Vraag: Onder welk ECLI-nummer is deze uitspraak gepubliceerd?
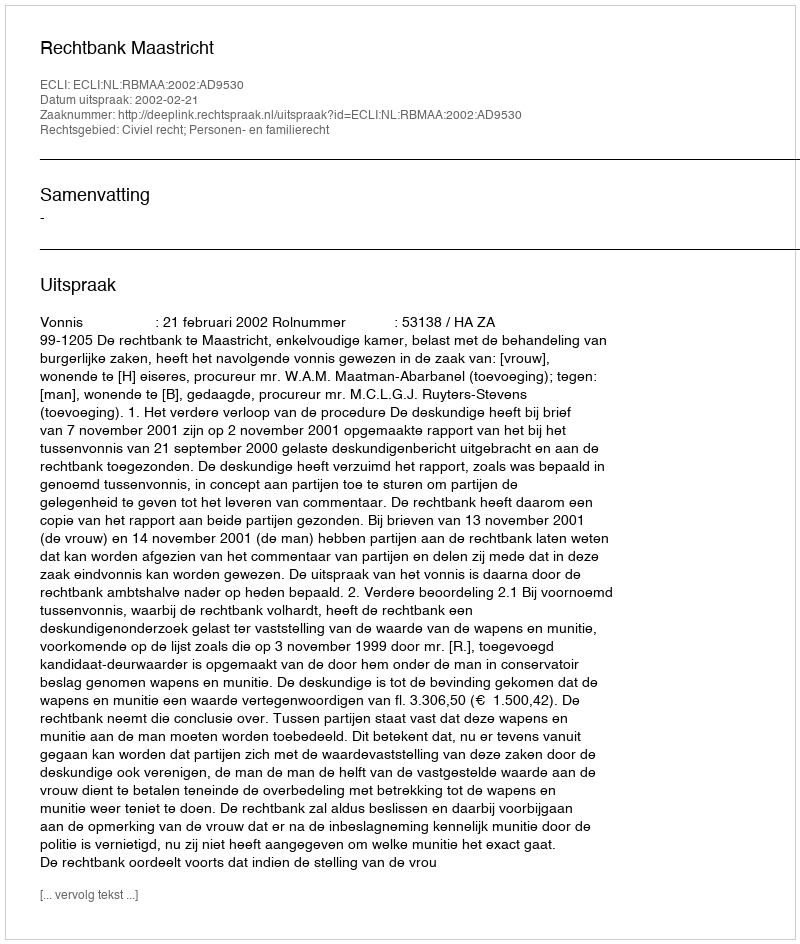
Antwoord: ECLI:NL:RBMAA:2002:AD9530